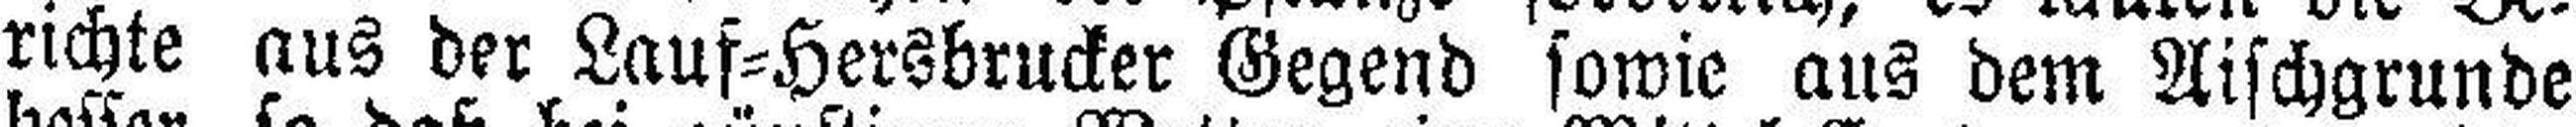
richte aus der Lauf=Hersbrucker Gegend sowie aus dem Aischgrunde